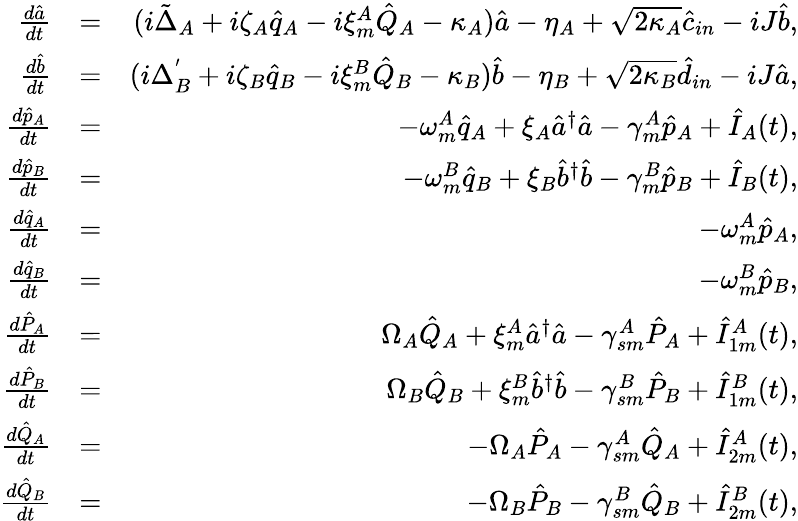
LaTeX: \begin{array}{rlr}{\frac{d\hat{a}}{dt}}&{=}&{(i\tilde{\Delta}_{A}+i\zeta_{A}\hat{q}_{A}-i\xi_{m}^{A}\hat{Q}_{A}-\kappa_{A})\hat{a}-\eta_{A}+\sqrt{2\kappa_{A}}\hat{c}_{in}-iJ\hat{b},}\\ {\frac{d\hat{b}}{dt}}&{=}&{(i\Delta_{B}^{'}+i\zeta_{B}\hat{q}_{B}-i\xi_{m}^{B}\hat{Q}_{B}-\kappa_{B})\hat{b}-\eta_{B}+\sqrt{2\kappa_{B}}\hat{d}_{in}-iJ\hat{a},}\\ {\frac{d\hat{p}_{A}}{dt}}&{=}&{-\omega_{m}^{A}\hat{q}_{A}+\xi_{A}\hat{a}^{\dagger}\hat{a}-\gamma_{m}^{A}\hat{p}_{A}+\hat{I}_{A}(t),}\\ {\frac{d\hat{p}_{B}}{dt}}&{=}&{-\omega_{m}^{B}\hat{q}_{B}+\xi_{B}\hat{b}^{\dagger}\hat{b}-\gamma_{m}^{B}\hat{p}_{B}+\hat{I}_{B}(t),}\\ {\frac{d\hat{q}_{A}}{dt}}&{=}&{-\omega_{m}^{A}\hat{p}_{A},}\\ {\frac{d\hat{q}_{B}}{dt}}&{=}&{-\omega_{m}^{B}\hat{p}_{B},}\\ {\frac{d\hat{P}_{A}}{dt}}&{=}&{\Omega_{A}\hat{Q}_{A}+\xi_{m}^{A}\hat{a}^{\dagger}\hat{a}-\gamma_{sm}^{A}\hat{P}_{A}+\hat{I}_{1m}^{A}(t),}\\ {\frac{d\hat{P}_{B}}{dt}}&{=}&{\Omega_{B}\hat{Q}_{B}+\xi_{m}^{B}\hat{b}^{\dagger}\hat{b}-\gamma_{sm}^{B}\hat{P}_{B}+\hat{I}_{1m}^{B}(t),}\\ {\frac{d\hat{Q}_{A}}{dt}}&{=}&{-\Omega_{A}\hat{P}_{A}-\gamma_{sm}^{A}\hat{Q}_{A}+\hat{I}_{2m}^{A}(t),}\\ {\frac{d\hat{Q}_{B}}{dt}}&{=}&{-\Omega_{B}\hat{P}_{B}-\gamma_{sm}^{B}\hat{Q}_{B}+\hat{I}_{2m}^{B}(t),}\end{array}